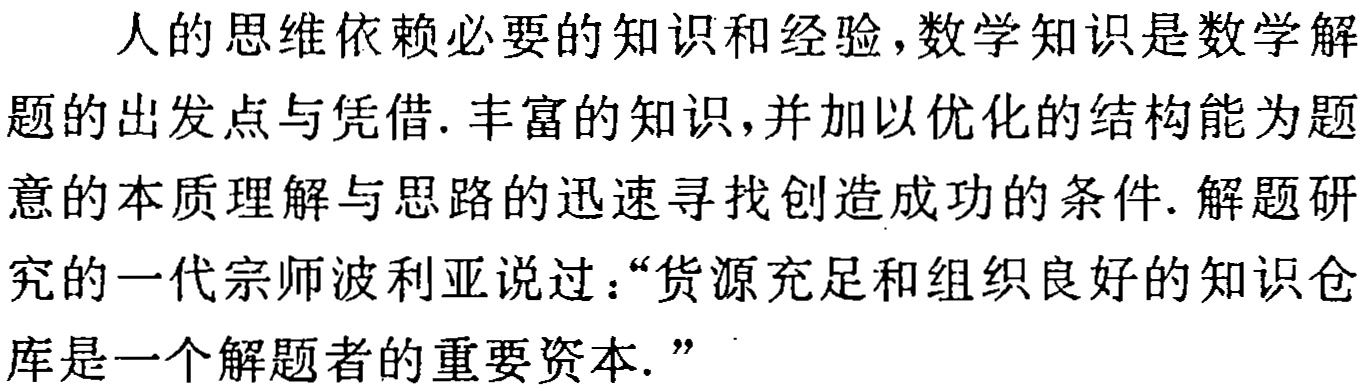
人的思维依赖必要的知识和经验,数学知识是数学解题的出发点与凭借. 丰富的知识,并加以优化的结构能为题意的本质理解与思路的迅速寻找创造成功的条件. 解题研究的一代宗师波利亚说过：“货源充足和组织良好的知识仓库是一个解题者的重要资本.”